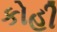
કોહી